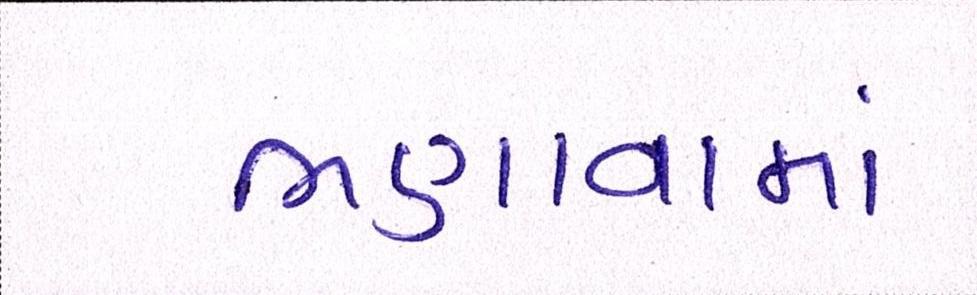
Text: ભણાવામાં